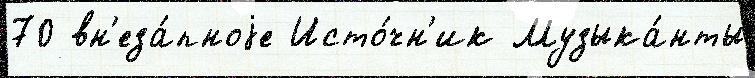
70 вн'еза́пноjе Исто́чн'ик Музыка́нты